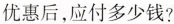
优惠后，应付多少钱?